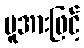
မူအားဖြင့်